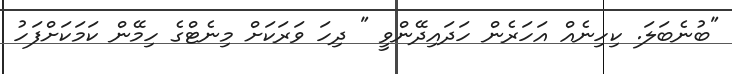
"ބުނެބަލަ. ކިހިނެއް އަހަރެން ހަދައިދޭންވީ " ދިހަ ވަރަކަށް މިނެޓްގެ ހިމޭން ކަމަކަށްފަހު